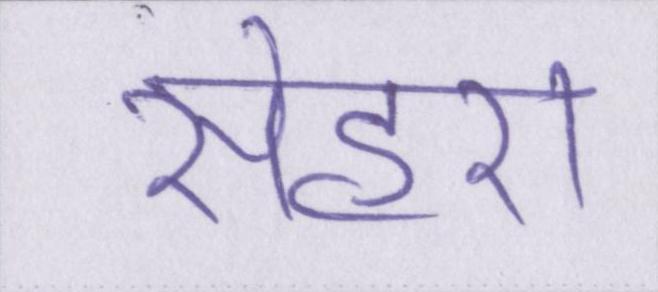
सेहरा